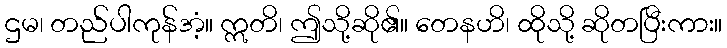
ဌမ၊ တည်ပါကုန်အံ့။ ဣတိ၊ ဤသို့ဆို၏။ တေနဟိ၊ ထိုသို့ ဆိုတပြီးကား။